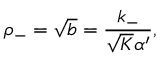
\rho _ { - } = \sqrt { b } = \frac { k _ { - } } { \sqrt { K } \alpha ^ { \prime } } ,